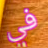
في